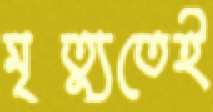
মৃত্যুতেই